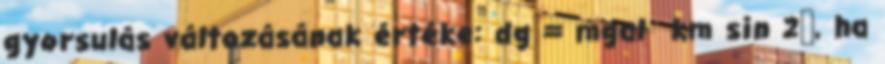
gyorsulás változásának értéke: dg = mgal km sin 2Φ, ha